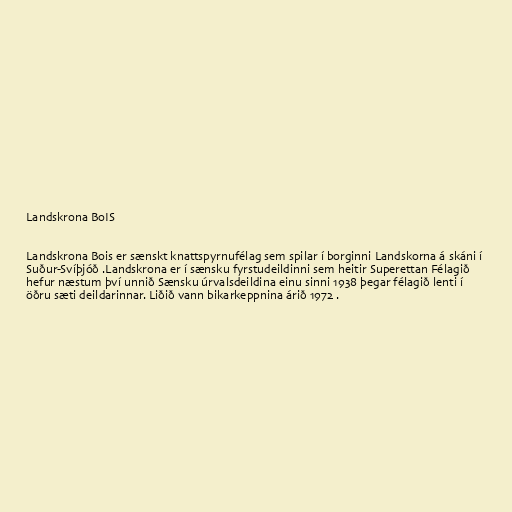
Landskrona BoIS

Landskrona Bois er sænskt knattspyrnufélag sem spilar í borginni Landskorna á skáni í
Suður-Svíþjóð .Landskrona er í sænsku fyrstudeildinni sem heitir Superettan Félagið
hefur næstum því unnið Sænsku úrvalsdeildina einu sinni 1938 þegar félagið lenti í
öðru sæti deildarinnar. Liðið vann bikarkeppnina árið 1972 .